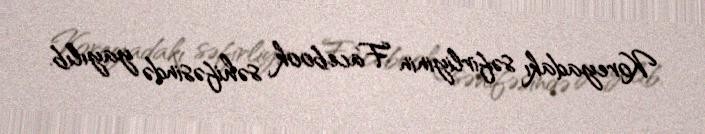
Koreyadakı səfirliyinin Facebook səhifəsində yayılıb.